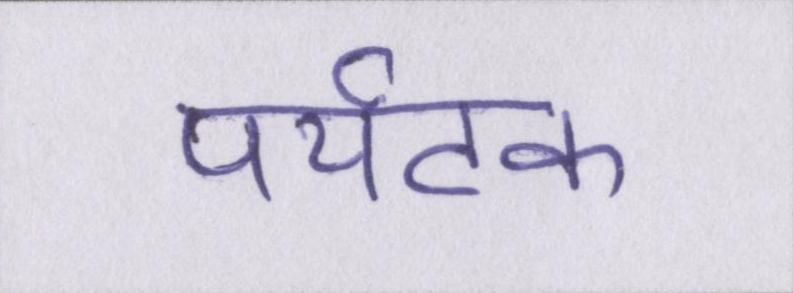
पर्यटक